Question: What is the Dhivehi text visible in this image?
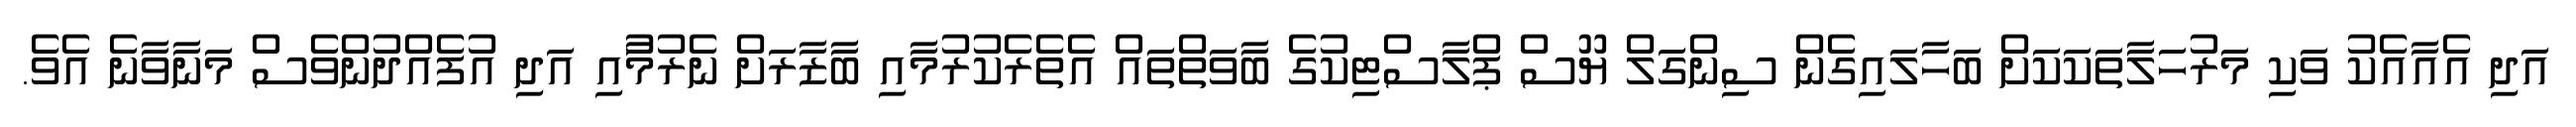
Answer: އަދި އެއާއެކު ވަކި މަރުހަލާތަކަކަށް ބަހާލައިގެން ސިންގަލް ޔޫސް ޕްލާސްޓިކުގެ ބާވަތްތައް އެތެރެކުރުމާއި ބާޒާރަށް ނެރުމުާއި އަދި އުފެއްދުންވެސް މަނާވާނެ އެވެ.